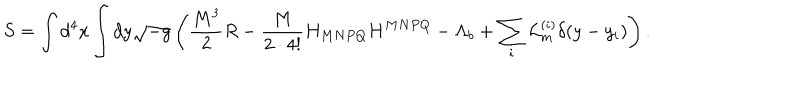
S = \int d ^ { 4 } x \int d y \sqrt { - g } \left( \frac { M ^ { 3 } } { 2 } R - \frac { M } { 2 \cdot 4 ! } H _ { M N P Q } H ^ { M N P Q } - \Lambda _ { b } + \sum _ { i } { \cal L } _ { m } ^ { ( i ) } \delta ( y - y _ { i } ) \right) .